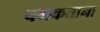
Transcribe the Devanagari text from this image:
चमकताना